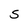
Character: S